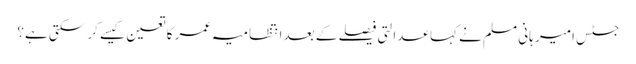
جسٹس امیر ہانی مسلم نے کہا عدالتی فیصلے کے بعد انتظامیہ عمر کا تعین کیسے کر سکتی ہے؟